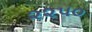
૨૨૫૦